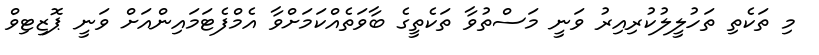
މި ތަކެތި ތަހުލީލުކުރިއިރު ވަނީ މަސްތުވާ ތަކެތީގެ ބާވަތެއްކަމަށްވާ އެމްފެޓަމައިންއަށް ވަނީ ޕޮޒިޓިވް